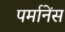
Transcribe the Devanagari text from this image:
पर्मानेंस